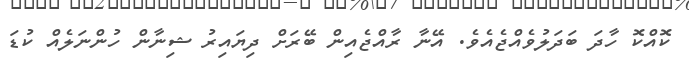
ކޮއްކޮ ހާދަ ބަދަލުވެއްޖެއެވެ. އޭނާ ރާއްޖެއިން ބޭރަށް ދިޔައިރު ޝިނާން ހުންނަލެއް ކުޑަ